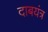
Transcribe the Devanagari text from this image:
दाबयंत्र